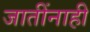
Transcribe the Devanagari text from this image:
जातींनाही